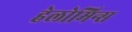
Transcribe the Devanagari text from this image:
हेलोमिन्स